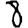
Digit: 8